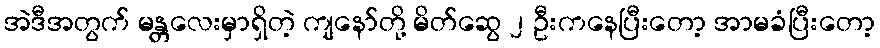
အဲဒီအတွက် မန္တလေးမှာရှိတဲ့ ကျနော်တို့ မိတ်ဆွေ ၂ ဦးကနေပြီးတော့ အာမခံပြီးတော့